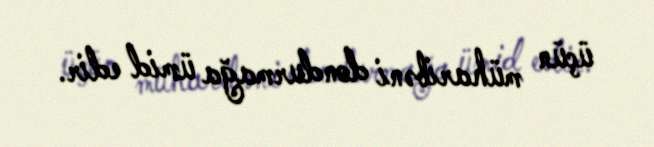
üçün müharibəni dondurmağa ümid edir.